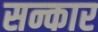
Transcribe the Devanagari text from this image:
सन्कार